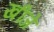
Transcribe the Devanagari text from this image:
खींजे